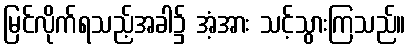
မြင်လိုက်ရသည့်အခါ၌ အံ့အား သင့်သွားကြသည်။